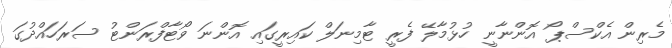
މެރިން އެކްސްޕޯ އޮންނާނީ ހުޅުމާލޭ ފެރީ ޓާމިނަލް ކައިރީގައި އޮންނަ ވޯޓާފްރަންޓު ސަރަހައްދުގަ